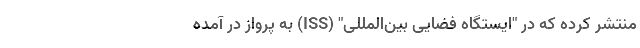
منتشر کرده که در "ایستگاه فضایی بین‌المللی" (ISS) به پرواز در آمده